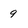
Character: 9